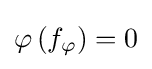
\varphi \left(f_{\varphi }\right)=0